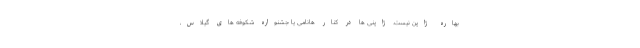
بهاره ژاپن نیست. ژاپنی ها در کنار هانامی یا جشنواره شکوفه های گیلاس،